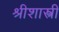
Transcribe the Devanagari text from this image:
श्रीशास्त्री